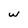
Character: w